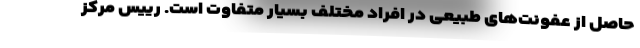
حاصل از عفونت‌های طبیعی در افراد مختلف بسیار متفاوت است. رییس مرکز